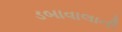
ડબાવાલાની